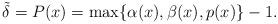
LaTeX: \begin{align*}\tilde{\delta} = P(x)= \max\{\alpha(x),\beta(x),p(x)\}-1.\end{align*}